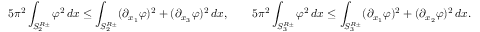
5 \pi ^ { 2 } \int _ { S _ { 2 } ^ { R \pm } } \varphi ^ { 2 } \, d x \le \int _ { S _ { 2 } ^ { R \pm } } ( \partial _ { x _ { 1 } } \varphi ) ^ { 2 } + ( \partial _ { x _ { 3 } } \varphi ) ^ { 2 } \, d x , \qquad 5 \pi ^ { 2 } \int _ { S _ { 3 } ^ { R \pm } } \varphi ^ { 2 } \, d x \le \int _ { S _ { 3 } ^ { R \pm } } ( \partial _ { x _ { 1 } } \varphi ) ^ { 2 } + ( \partial _ { x _ { 2 } } \varphi ) ^ { 2 } \, d x .